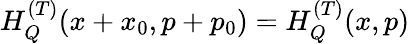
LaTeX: H_{Q}^{(T)}(x+x_{0},p+p_{0})=H_{Q}^{(T)}(x,p)